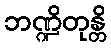
ဘဏ္ဍိတုန္တိ